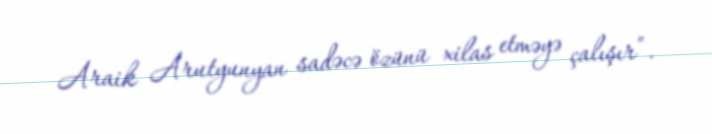
Araik Arutyunyan sadəcə özünü xilas etməyə çalışır”.